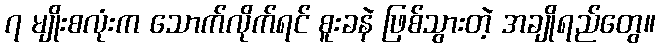
၇ မျိုးစလုံးက သောက်လိုက်ရင် စူးခနဲ ဖြစ်သွားတဲ့ အချိုရည်တွေ။